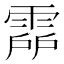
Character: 𩃞